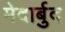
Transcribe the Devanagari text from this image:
मेदार्बुद